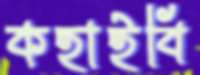
কহাইবি